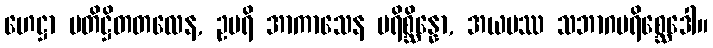
ဟေဋ္ဌာ ပတိဋ္ဌိတတလေန, ဥပရိ အာကာသေန ပရိစ္ဆိန္နော, အယမဿ သဘာဂပရိစ္ဆေဒေါ။